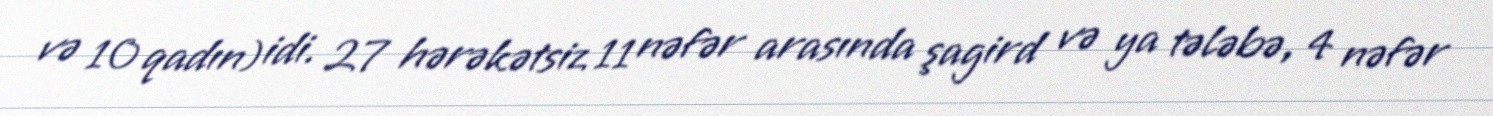
və 10 qadın) idi. 27 hərəkətsiz 11 nəfər arasında şagird və ya tələbə, 4 nəfər